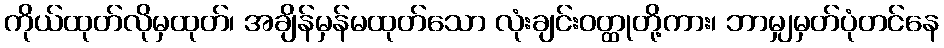
ကိုယ်ထုတ်လိုမှထုတ်၊ အချိန်မှန်မထုတ်သော လုံးချင်းဝတ္ထုတို့ကား၊ ဘာမျှမှတ်ပုံတင်နေ